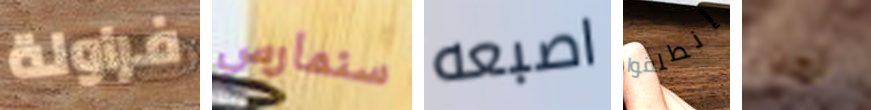
فراولة سنمارس اصبعه إنطلقوا لماذا